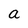
Character: a